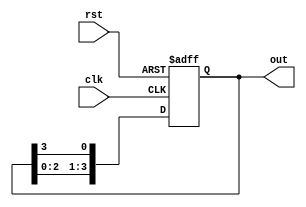
module ring_counter #(parameter N = 4) (
    input wire clk,          // Clock input
    input wire rst,          // Reset input
    output reg [N-1:0] out   // Output of the ring counter
);

    // Initial state
    initial begin
        out = 1'b1; // Initialize to 100...0
    end

    // Always block triggered on the rising edge of the clock or reset
    always @(posedge clk or posedge rst) begin
        if (rst) begin
            out <= 1'b1; // Reset to initial state
        end else begin
            out <= {out[N-2:0], out[N-1]}; // Shift left and wrap around
        end
    end

endmodule